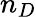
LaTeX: n_{D}